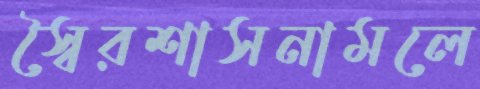
স্বৈরশাসনামলে